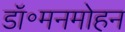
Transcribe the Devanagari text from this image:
डॉ॰मनमोहन